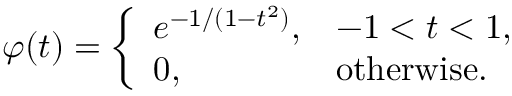
\varphi ( t ) = { \left\{ \begin{array} { l l } { e ^ { - 1 / ( 1 - t ^ { 2 } ) } , } & { - 1 < t < 1 , } \\ { 0 , } & { { \mathrm { o t h e r w i s e } } . } \end{array} \right. }